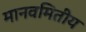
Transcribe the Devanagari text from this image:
मानवमितीय